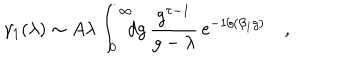
LaTeX: \gamma _ { 1 } ( \lambda ) \sim A \lambda \int _ { 0 } ^ { \infty } \! \! \! d g \, { \frac { g ^ { \tau - 1 } } { g - \lambda } } \, \mathrm { e } ^ { - 1 / ( \beta _ { 1 } g ) } \quad ,